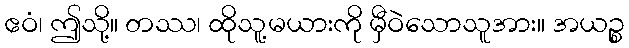
ဧဝံ၊ ဤသို့။ တဿ၊ ထိုသူ့မယားကို မှီဝဲသောသူအား။ အယဉ္စ